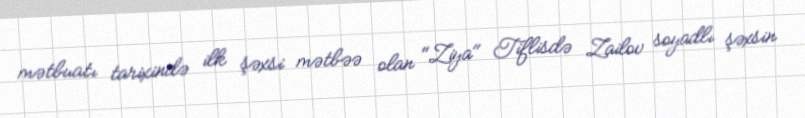
mətbuatı tarixində ilk şəxsi mətbəə olan "Ziya" Tiflisdə Zailov soyadlı şəxsin